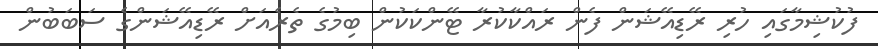
ފުކުޝިމާގައި ހުރި ރޭޑިއޭޝަން ފެން ރައްކާކުރާ ޓޭންކަކުން ބިމުގެ ތެރެއަށް ރޭޑިއޭޝަންގެ ސަބަބުން